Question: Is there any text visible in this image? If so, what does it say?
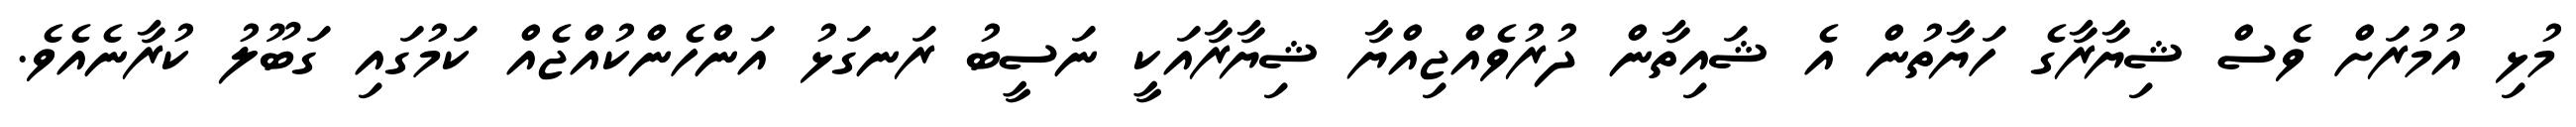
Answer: މުޅި އުމުރަށް ވެސް ޝިޔާރާގެ ހަޔާތުން އެ ޝައިތާން ދުރުވެއްޖިއްޔާ ޝިޔާރާއަކީ ނަސީބު ރަނގަޅު އަންހެންކުއްޖެއް ކަމުގައި ގަބޫލު ކުރާނެއެވެ.